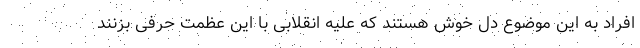
افراد به این موضوع دل خوش هستند که علیه انقلابی با این عظمت حرفی بزنند